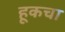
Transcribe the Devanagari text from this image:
हूकचा